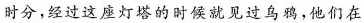
时分，经过这座灯塔的时候就见过乌鸦，他们在